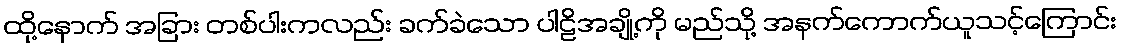
ထို့နောက် အခြား တစ်ပါးကလည်း ခက်ခဲသော ပါဠိအချို့ကို မည်သို့ အနက်ကောက်ယူသင့်ကြောင်း